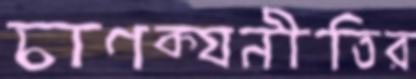
চাণক্যনীতির